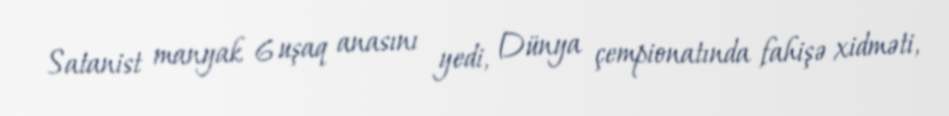
Satanist manyak 6 uşaq anasını yedi, Dünya çempionatında fahişə xidməti,